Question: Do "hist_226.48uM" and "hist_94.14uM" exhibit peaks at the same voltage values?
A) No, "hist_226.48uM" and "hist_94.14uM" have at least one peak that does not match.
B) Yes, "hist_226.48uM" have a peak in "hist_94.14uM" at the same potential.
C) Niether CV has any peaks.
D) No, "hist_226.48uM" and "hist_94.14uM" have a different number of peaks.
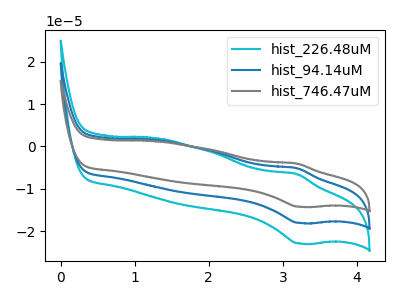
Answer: <think>The cyan curve "hist_226.48uM" has an anodic peak at (3.20V, -6.50uA) and a cathodic peak at (3.20V, -22.90uA). The blue curve "hist_94.14uM" has an anodic peak at (3.20V, -5.10uA) and a cathodic peak at (3.20V, -18.05uA). The gray curve "hist_746.47uM" has an anodic peak at (3.20V, -10.20uA) and a cathodic peak at (3.20V, -36.10uA).</think>
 <answer>B) Yes, "hist_226.48uM" have a peak in "hist_94.14uM" at the same potential.</answer>
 <eval>B</eval>